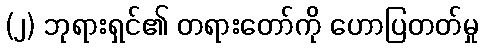
(၂) ဘုရားရှင်၏ တရားတော်ကို ဟောပြတတ်မှု